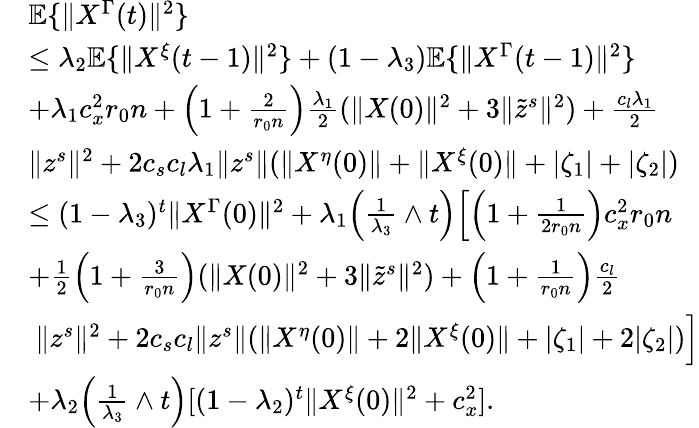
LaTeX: \begin{array}{rl}&{\mathbb{E}\{ \| X^{\Gamma}(t)\| ^{2}\} }\\ &{\le\lambda_{2}\mathbb{E}\{ \| X^{\xi}(t-1)\| ^{2}\} +(1-\lambda_{3})\mathbb{E}\{ \| X^{\Gamma}(t-1)\| ^{2}\} }\\ &{+\lambda_{1}c_{x}^{2}r_{0}n+\Big(1+\frac{2}{r_{0}n}\Big)\frac{\lambda_{1}}{2}(\| X(0)\| ^{2}+3\| \tilde{z}^{s}\| ^{2})+\frac{c_{l}\lambda_{1}}{2}}\\ &{\| z^{s}\| ^{2}+2c_{s}c_{l}\lambda_{1}\| z^{s}\| (\| X^{\eta}(0)\| +\| X^{\xi}(0)\| +|\zeta_{1}|+|\zeta_{2}|)}\\ &{\le(1-\lambda_{3})^{t}\| X^{\Gamma}(0)\| ^{2}+\lambda_{1}\Big(\frac{1}{\lambda_{3}}\wedge t\Big)\Big[\Big(1+\frac{1}{2r_{0}n}\Big)c_{x}^{2}r_{0}n}\\ &{+\frac{1}{2}\Big(1+\frac{3}{r_{0}n}\Big)(\| X(0)\| ^{2}+3\| \tilde{z}^{s}\| ^{2})+\Big(1+\frac{1}{r_{0}n}\Big)\frac{c_{l}}{2}}\\ &{~\| z^{s}\| ^{2}+2c_{s}c_{l}\| z^{s}\| (\| X^{\eta}(0)\| +2\| X^{\xi}(0)\| +|\zeta_{1}|+2|\zeta_{2}|)\Big]}\\ &{+\lambda_{2}\Big(\frac{1}{\lambda_{3}}\wedge t\Big)[(1-\lambda_{2})^{t}\| X^{\xi}(0)\| ^{2}+c_{x}^{2}].}\end{array}